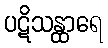
ပဋိသန္ထာရေ